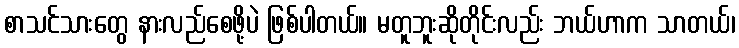
စာသင်သားတွေ နားလည်စေဖို့ပဲ ဖြစ်ပါတယ်။ မတူဘူးဆိုတိုင်းလည်း ဘယ်ဟာက သာတယ်၊